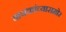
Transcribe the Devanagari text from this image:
वाचकांच्यासमोर